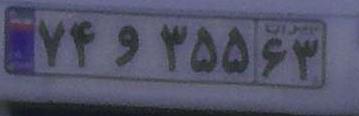
۷۴و۳۵۵۶۳